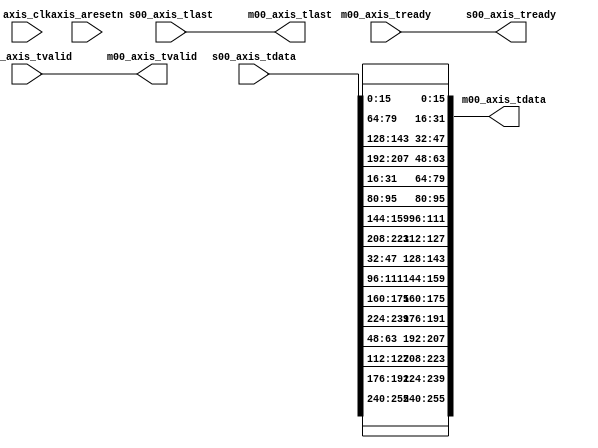
module daala_4x4_transpose_v1_0 #
	(
		// Users to add parameters here

		// User parameters ends
		// Do not modify the parameters beyond this line


		// Parameters of Axi Slave Bus Interface S00_AXIS
		parameter integer C_S00_AXIS_TDATA_WIDTH	= 256,

		// Parameters of Axi Master Bus Interface M00_AXIS
		parameter integer C_M00_AXIS_TDATA_WIDTH	= 256
	)
	(
		// Users to add ports here

		// User ports ends
		// Do not modify the ports beyond this line

        input wire axis_clk,
        input wire axis_aresetn,

		// Ports of Axi Slave Bus Interface S00_AXIS
		output wire  s00_axis_tready,
		input wire [C_S00_AXIS_TDATA_WIDTH-1 : 0] s00_axis_tdata,
		input wire  s00_axis_tlast,
		input wire  s00_axis_tvalid,

		// Ports of Axi Master Bus Interface M00_AXIS
		output wire  m00_axis_tvalid,
		output wire [C_M00_AXIS_TDATA_WIDTH-1 : 0] m00_axis_tdata,
		output wire  m00_axis_tlast,
		input wire  m00_axis_tready
	);


	// Add user logic here
	
	assign s00_axis_tready = m00_axis_tready;
	assign m00_axis_tlast = s00_axis_tlast;
	assign m00_axis_tvalid = s00_axis_tvalid;
	
	assign m00_axis_tdata[( 0+1)*16-1: 0*16] = s00_axis_tdata[( 0+1)*16-1: 0*16];
	assign m00_axis_tdata[( 1+1)*16-1: 1*16] = s00_axis_tdata[( 4+1)*16-1: 4*16];
	assign m00_axis_tdata[( 2+1)*16-1: 2*16] = s00_axis_tdata[( 8+1)*16-1: 8*16];
	assign m00_axis_tdata[( 3+1)*16-1: 3*16] = s00_axis_tdata[(12+1)*16-1:12*16];
	assign m00_axis_tdata[( 4+1)*16-1: 4*16] = s00_axis_tdata[( 1+1)*16-1: 1*16];
	assign m00_axis_tdata[( 5+1)*16-1: 5*16] = s00_axis_tdata[( 5+1)*16-1: 5*16];
	assign m00_axis_tdata[( 6+1)*16-1: 6*16] = s00_axis_tdata[( 9+1)*16-1: 9*16];
	assign m00_axis_tdata[( 7+1)*16-1: 7*16] = s00_axis_tdata[(13+1)*16-1:13*16];
	assign m00_axis_tdata[( 8+1)*16-1: 8*16] = s00_axis_tdata[( 2+1)*16-1: 2*16];
	assign m00_axis_tdata[( 9+1)*16-1: 9*16] = s00_axis_tdata[( 6+1)*16-1: 6*16];
	assign m00_axis_tdata[(10+1)*16-1:10*16] = s00_axis_tdata[(10+1)*16-1:10*16];
	assign m00_axis_tdata[(11+1)*16-1:11*16] = s00_axis_tdata[(14+1)*16-1:14*16];
	assign m00_axis_tdata[(12+1)*16-1:12*16] = s00_axis_tdata[( 3+1)*16-1: 3*16];
	assign m00_axis_tdata[(13+1)*16-1:13*16] = s00_axis_tdata[( 7+1)*16-1: 7*16];
	assign m00_axis_tdata[(14+1)*16-1:14*16] = s00_axis_tdata[(11+1)*16-1:11*16];
	assign m00_axis_tdata[(15+1)*16-1:15*16] = s00_axis_tdata[(15+1)*16-1:15*16];


	// User logic ends

	endmodule